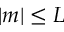
| m | \leq L